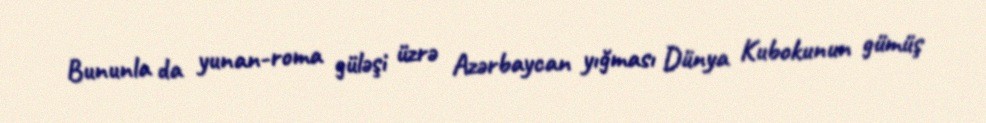
Bununla da yunan-roma güləşi üzrə Azərbaycan yığması Dünya Kubokunun gümüş